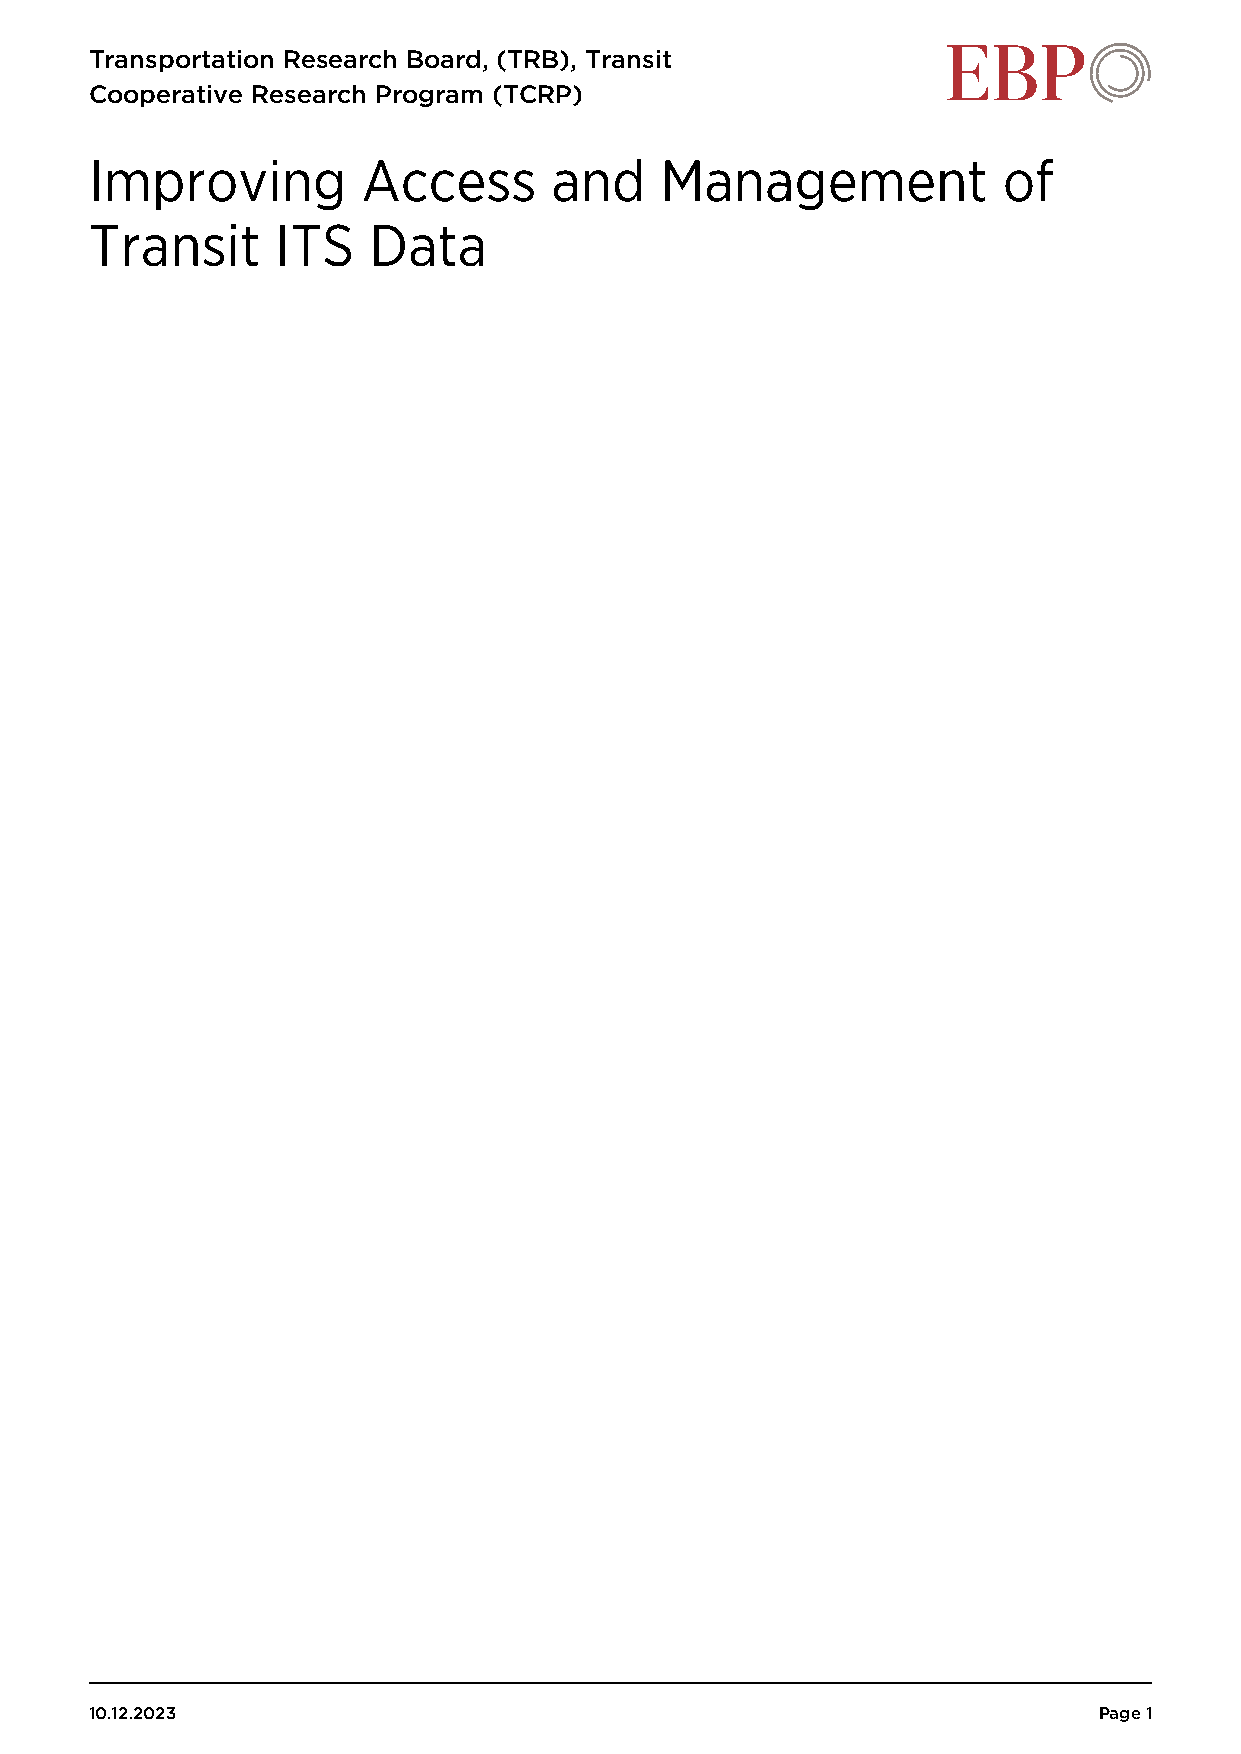
Transportation Research Board, (TRB), Transit
 Cooperative Research Program (TCRP)
 Improving         Access      and     Management            of
 Transit     ITS   Data
 10.12.2023                                                         Page 1